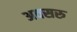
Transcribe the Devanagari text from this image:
अवसरु